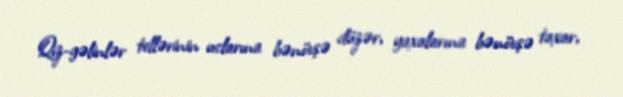
Qız-gəlinlər tellərinin uclarına bənövşə düzər, yaxalarına bənövşə taxar,